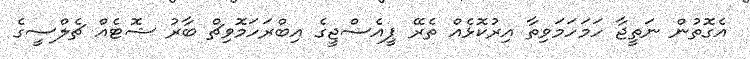
އެގޮތުން ނަތީޖާ ހަމަހަމަވިތާ އިރުކޮޅެއް ތެރޭ ޕީއެސްޖީގެ އިބްރަހަމޮވިޗް ބާރު ޝޮޓެއް ޗެލްސީގެ